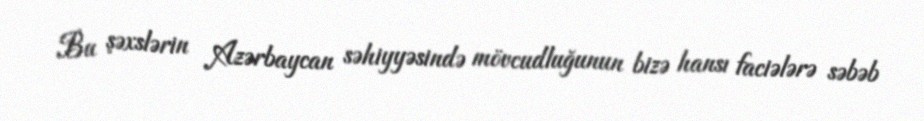
Bu şəxslərin Azərbaycan səhiyyəsində mövcudluğunun bizə hansı faciələrə səbəb